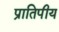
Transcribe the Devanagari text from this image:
प्रातिपीय